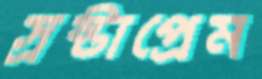
স্রষ্টাপ্রেম